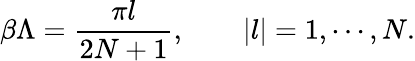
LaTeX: {\beta\Lambda}={\frac{\pi l}{2N+1}},\qquad|l|=1,\cdots,N.